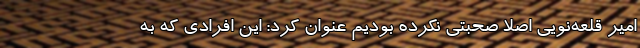
امیر قلعه‌نویی اصلاً صحبتی نکرده بودیم عنوان کرد: این افرادی که به